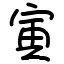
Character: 寅